Annual report on the Civil Veterinary Department, Burma (including the Insein Veterinary School) - 1923-1931
Year: 1923
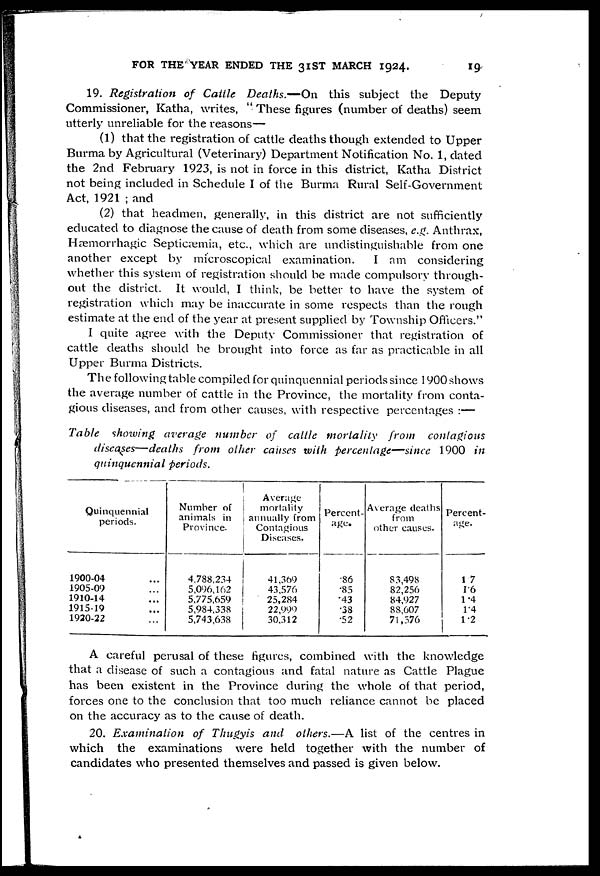
FOR THE YEAR ENDED THE 31ST MARCH 1924.
19
19. Registration
of Cattle Deaths.—On
this subject the Deputy
Commissioner, Katha, writes, " These figures (number of deaths) seem
utterly unreliable for the reasons—
(1) that the registration of cattle deaths though extended to Upper
Burma by Agricultural (Veterinary) Department Notification No. 1, dated
the 2nd February 1923, is not in force in this district, Katha District
not being included in Schedule I of the Burma Rural Self-Government
Act, 1921 ; and
(2) that headmen, generally, in this district are not sufficiently
educated to diagnose the cause of death from some diseases, e.g. Anthrax,
Hæmorrhagic Septicaemia, etc., which are undistinguishable from one
another except by microscopical examination.
I am considering
whether this system of registration should be made compulsory through-
out the district. It would, I think, be better to have the system of
registration which may be inaccurate in some respects than the rough
estimate at the end of the year at present supplied by Township Officers."
I quite agree with the Deputy Commissioner that registration of
cattle deaths should be brought into force as far as practicable in all
Upper Burma Districts.
The following table compiled for quinquennial periods since 1900 shows
the average number of cattle in the Province, the mortality from conta-
gious diseases, and from other causes, with respective percentages :—
Table showing average number of cattle mortality
from
contagions
diseases—deaths
from other causes with percentage—since
1900 in
quinquennial periods.
Quinquennial
periods.
1900-04 ...
1905-09 ...
1910-14 ...
1915-19 ...
1920-22 ...
Number of
animals in
Province.
4,788,234
5,096,162
5,775,659
5,984,338
5,743,638
Average
mortality
annually from
Contagious
Diseases.
41,369
43,576
25,284
22,999
30,312
Percent-
age.
.86
.85
.43
.38
.52
Average deaths
from
other causes.
83,498
82,256
84,927
88,607
71,576
Percent-
age.
1.7
1.6
1.4
1.4
1.2
A careful perusal of these figures, combined with the knowledge
that a disease of such a contagious and fatal nature as Cattle Plague
has been existent in the Province during the whole of that period,
forces one to the conclusion that too much reliance cannot be placed
on the accuracy as to the cause of death.
20. Examination
of Thugyis and others.—A list of the centres in
which the examinations were held together with the number of
candidates who presented themselves and passed is given below.